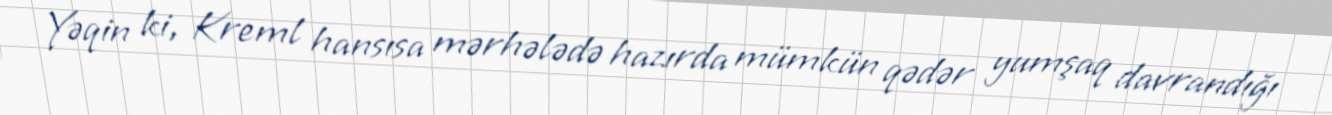
Yəqin ki, Kreml hansısa mərhələdə hazırda mümkün qədər yumşaq davrandığı